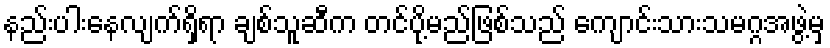
နည်းပါးနေလျက်ရှိရာ ချစ်သူဆီက တင်ပို့မည်ဖြစ်သည် ကျောင်းသားသမဂ္ဂအဖွဲ့မှ